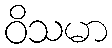
ဝိသမာ